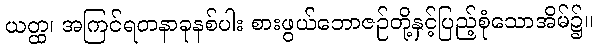
ယတ္ထ၊ အကြင်ရတနာခုနစ်ပါး စားဖွယ်ဘောဇဉ်တို့နှင့်ပြည့်စုံသောအိမ်၌။